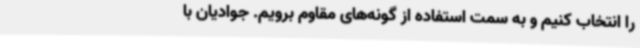
را انتخاب کنیم و به سمت استفاده از گونه‌های مقاوم برویم. جوادیان با